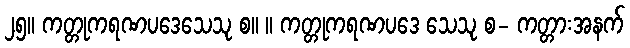
၂၅။ ကတ္တုကရဏပဒေသေသု စ။ ။ ကတ္တုကရဏပဒေ သေသု စ- ကတ္တားအနက်